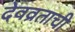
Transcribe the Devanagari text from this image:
देवव्रताची